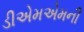
ડીએમએમની